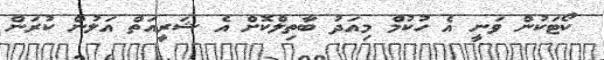
ކޯޓަކުން ވަނީ އެ ހުކުމް މިއަދު ބާތިލްކޮށް އެ ޝަރީއަތް އަލުން ކުރަން